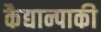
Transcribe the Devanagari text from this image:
कैद्यान्पाकी